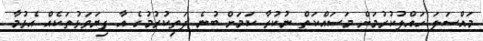
މައްސަލަ ހައްލުކުރުމަށް މަސައްކަތް ނުކުރާ ކަމަށް ބުނެ ދަތިކުރުމުގެ އާ ފިޔަވަޅުތަކެއް އެޅުމާ